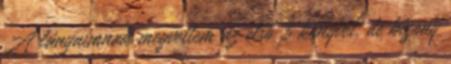
A lányaimnak megvettem az első 3 könyvet, de bizony